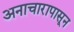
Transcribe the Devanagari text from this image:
अनाचारापासून